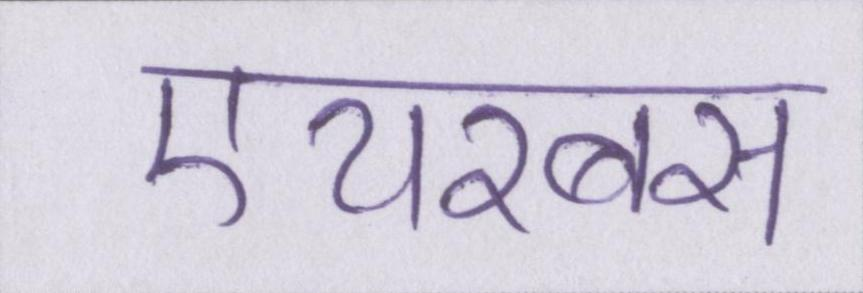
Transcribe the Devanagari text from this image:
एयरबस